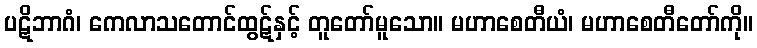
ပဋိဘာဂံ၊ ကေလာသတောင်ထွဋ်နှင့် တူတော်မူသော။ မဟာစေတီယံ၊ မဟာစေတီတော်ကို။